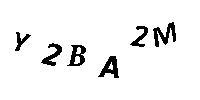
Y2BA2M